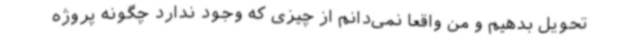
تحویل بدهیم و من واقعاً نمی‌دانم از چیزی که وجود ندارد چگونه پروژه